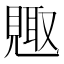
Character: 𮗕